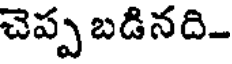
చెప్ప బడినది-